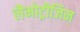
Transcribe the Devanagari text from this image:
लैमोट्रीजिन